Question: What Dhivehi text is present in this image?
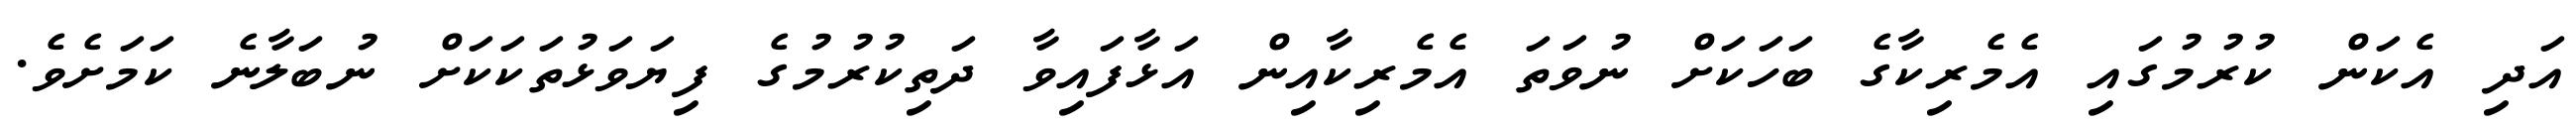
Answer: އަދި އެކަން ކުރުމުގައި އެމެރިކާގެ ބަހަކަށް ނުވަތަ އެމެރިކާއިން އަޅާފައިވާ ދަތިކުރުމުގެ ފިޔަވަޅުތަކަކަށް ނުބަލާނެ ކަމަށެވެ.